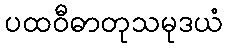
ပထဝီဓာတုသမုဒယံ